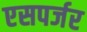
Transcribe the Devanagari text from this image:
एसपर्जर